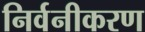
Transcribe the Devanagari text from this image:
निर्वनीकरण